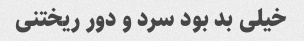
خیلی بد بود سرد و دور ریختنی